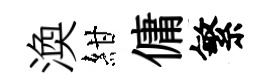
渙紺傭繁